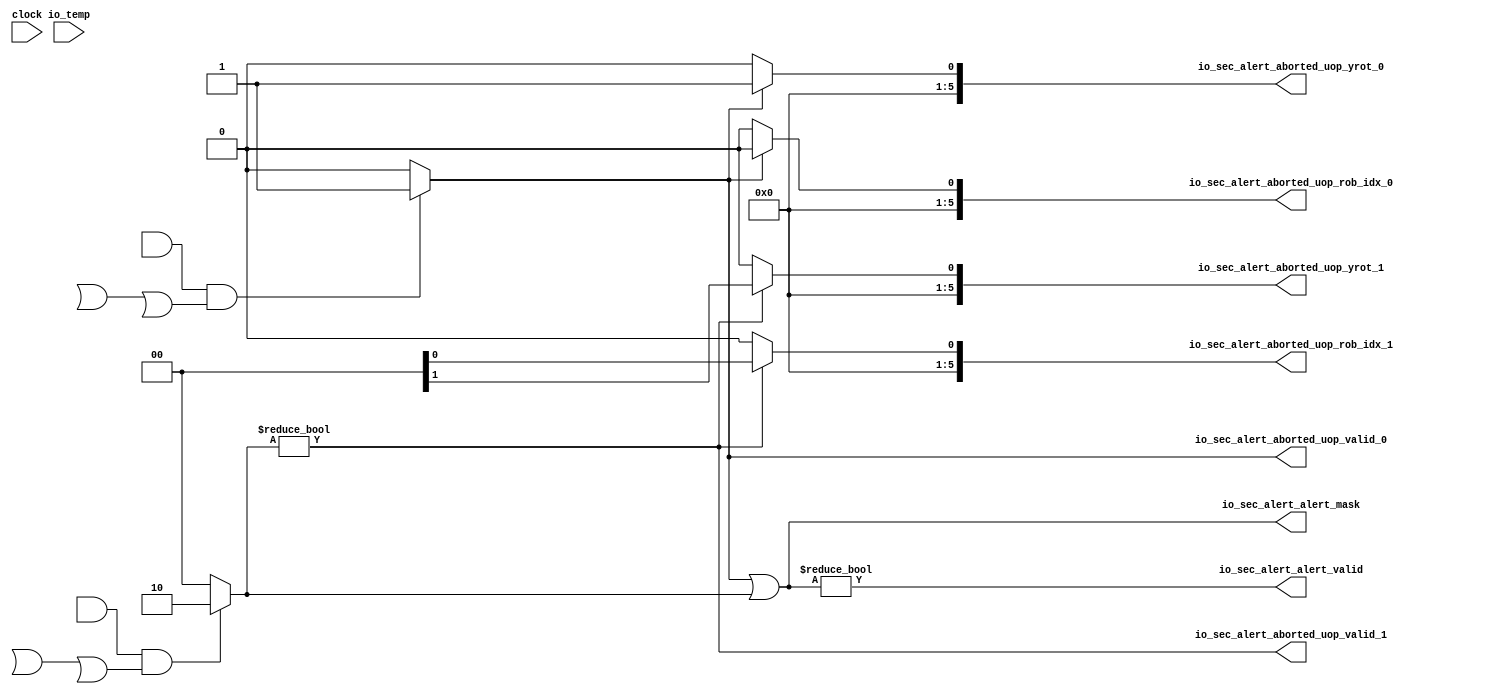
module SecurityMonitor( // @[:chipyard.TestHarness.MediumBoomConfig.fir@474096.2]
  input        clock, // @[:chipyard.TestHarness.MediumBoomConfig.fir@474097.4]
  output       io_sec_alert_alert_valid, // @[:chipyard.TestHarness.MediumBoomConfig.fir@474099.4]
  output [1:0] io_sec_alert_alert_mask, // @[:chipyard.TestHarness.MediumBoomConfig.fir@474099.4]
  output       io_sec_alert_aborted_uop_valid_0, // @[:chipyard.TestHarness.MediumBoomConfig.fir@474099.4]
  output       io_sec_alert_aborted_uop_valid_1, // @[:chipyard.TestHarness.MediumBoomConfig.fir@474099.4]
  output [5:0] io_sec_alert_aborted_uop_rob_idx_0, // @[:chipyard.TestHarness.MediumBoomConfig.fir@474099.4]
  output [5:0] io_sec_alert_aborted_uop_rob_idx_1, // @[:chipyard.TestHarness.MediumBoomConfig.fir@474099.4]
  output [5:0] io_sec_alert_aborted_uop_yrot_0, // @[:chipyard.TestHarness.MediumBoomConfig.fir@474099.4]
  output [5:0] io_sec_alert_aborted_uop_yrot_1, // @[:chipyard.TestHarness.MediumBoomConfig.fir@474099.4]
  input  [9:0] io_temp // @[:chipyard.TestHarness.MediumBoomConfig.fir@474099.4]
);

  wire [1:0] alert1;
  wire [1:0] alert2;
  
  assign alert1 = (core.jmp_unit.alu.io_req_valid && core.jmp_unit.alu.io_req_bits_uop_taint &&
		( core.jmp_unit.alu.io_req_bits_uop_is_br || core.jmp_unit.alu.io_req_bits_uop_is_jal 
		|| core.jmp_unit.alu.io_req_bits_uop_is_jalr) ) ? 2'b01 : 2'b00;
  
  assign alert2 = (core.csr_exe_unit.alu.io_req_valid && core.csr_exe_unit.alu.io_req_bits_uop_taint &&
		( core.csr_exe_unit.alu.io_req_bits_uop_is_br || core.csr_exe_unit.alu.io_req_bits_uop_is_jal 
		|| core.csr_exe_unit.alu.io_req_bits_uop_is_jalr) ) ? 2'b10 : 2'b00;
  
  wire [1:0] alert_mask;
  assign alert_mask = alert1 | alert2;
  
  assign io_sec_alert_alert_valid = alert_mask != 2'b00;
  assign io_sec_alert_alert_mask = alert_mask;
  
  assign io_sec_alert_aborted_uop_valid_0 = alert1 != 2'b00 ;
	
  assign io_sec_alert_aborted_uop_rob_idx_0 = (alert1 != 2'b00) ? core.jmp_unit.alu.io_req_bits_uop_rob_idx : 6'h0;

  assign io_sec_alert_aborted_uop_yrot_0 = (alert1 != 2'b00) ? core.jmp_unit.alu.io_req_bits_uop_yrot : 6'h0;
	
  assign io_sec_alert_aborted_uop_valid_1 = alert2 != 2'b00;
	
  assign io_sec_alert_aborted_uop_rob_idx_1 = (alert2 != 2'b00) ? core.csr_exe_unit.alu.io_req_bits_uop_rob_idx : 6'h0;

  assign io_sec_alert_aborted_uop_yrot_1 = (alert2 != 2'b00) ? core.csr_exe_unit.alu.io_req_bits_uop_yrot : 6'h0;	

	

endmodule